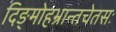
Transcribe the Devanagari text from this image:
दिङ्मोहभ्रान्तचेतसः